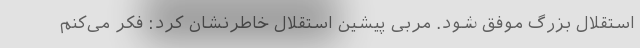
استقلال بزرگ موفق شود. مربی پیشین استقلال خاطرنشان کرد: فکر می‌کنم